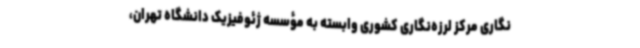
‌نگاری مرکز لرزه‌نگاری کشوری وابسته به مؤسسه ژئوفیزیک دانشگاه تهران،